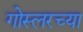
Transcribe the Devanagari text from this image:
गोस्लरच्या